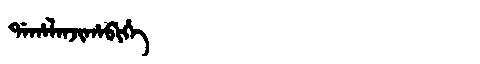
Manchu: ᡩᠠᡥᠠᠯᠠᠨᠵᡳᡥᠠᠪᡳᡥᡝ
Romanization: DAHALANJIHABIHE